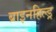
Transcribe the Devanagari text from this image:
ब्राइनहिल्ड्र